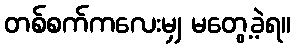
တစ်စက်ကလေးမျှ မတွေ့ခဲ့ရ။